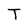
Character: T